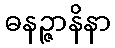
ဓနဉ္ဇာနိနာ